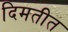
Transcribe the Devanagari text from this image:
दिमतीत